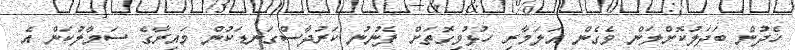
ހެދުން ބަދަލުކޮށްލަން ވެގެން އަލަމާރި ހުޅުވިގޮތަށް ފެނުނު ކަރުދާސްގަނޑަކުން މައިރާގެ ސަމާލުކަން އެ